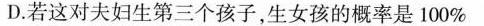
D.若这对夫妇生第三个孩子，生女孩的概率是100\%